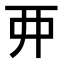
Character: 𫝁